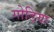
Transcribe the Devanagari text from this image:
गोड़िया